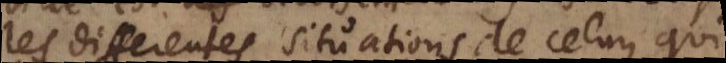
les differentes situations de celuy qui